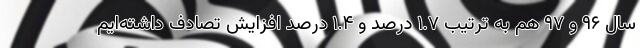
سال ۹۶ و ۹۷ هم به ترتیب ۱.۷ درصد و ۱.۴ درصد افزایش تصادف داشته‌ایم